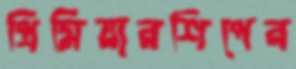
প্রিমিয়ারশিপের